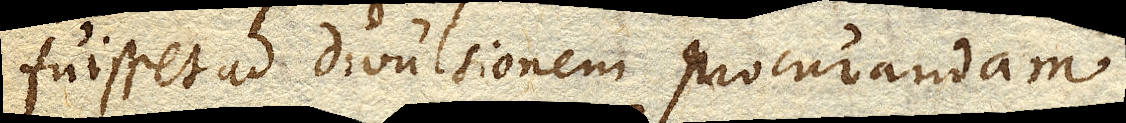
fuisset ad divulsionem procurandam.